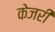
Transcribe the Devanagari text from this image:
केजरी